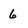
Character: 6